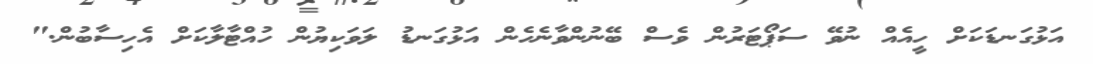
އަޅުގަނޑަކަށް ހީއެއް ނުވޭ ސަޕޯޓަރުން ވެސް ބޭނުންވާނެހެން އަޅުގަނޑު ލަވަކިޔުން ހުއްޓާލާކަށް އެހިސާބުން."